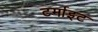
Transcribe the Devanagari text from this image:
टर्माइट